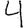
Digit: 4